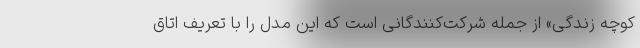
کوچه زندگی» از جمله شرکت‌کنندگانی است که این مدل را با تعریف اتاق